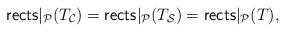
LaTeX: \begin{align*}\mathsf{rects}|_{\mathcal{P}}(T_\mathcal{C}) = \mathsf{rects}|_{\mathcal{P}}(T_\mathcal{S}) = \mathsf{rects}|_{\mathcal{P}}(T),\end{align*}